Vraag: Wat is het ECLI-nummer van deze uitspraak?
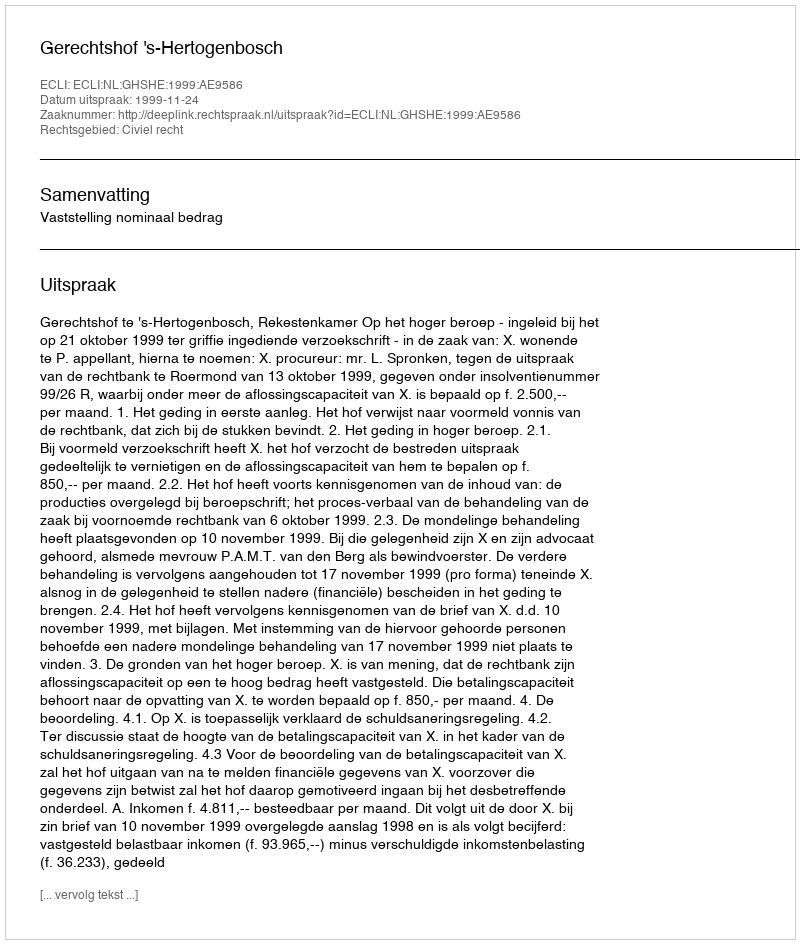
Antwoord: ECLI:NL:GHSHE:1999:AE9586